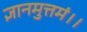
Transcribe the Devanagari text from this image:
ज्ञानमुत्तमं।।